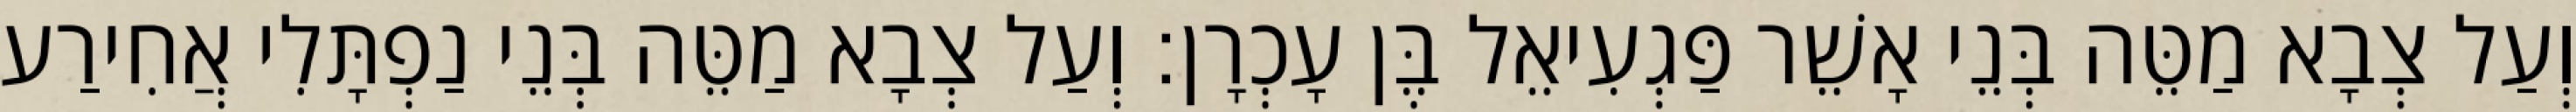
וְעַל צְבָא מַטֵּה בְּנֵי אָשֵׁר פַּגְעִיאֵל בֶּן עָכְרָן׃ וְעַל צְבָא מַטֵּה בְּנֵי נַפְתָּלִי אֲחִירַע